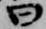
曰